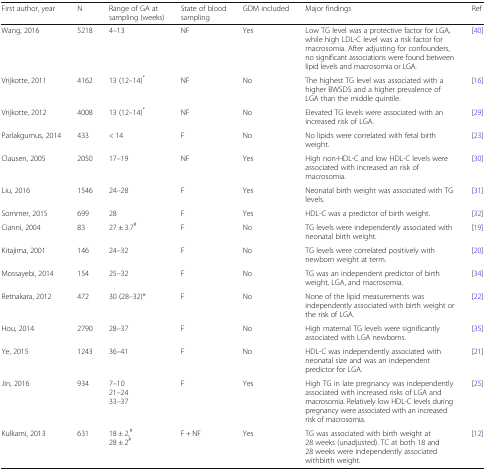
| First author, year | N | Range of GA at sampling (weeks) | State of blood sampling | GDM included | Major findings | Ref |
 | --- | --- | --- | --- | --- | --- | --- |
 | Wang, 2016 | 5218 | 4–13 | NF | Yes | Low TG level was a protective factor for LGA, while high LDL-C level was a risk factor for macrosomia. After adjusting for confounders, no significant associations were found between lipid levels and macrosomia or LGA. | [40] |
 | Vrijkotte, 2011 | 4162 | 13 (12–14)* | NF | No | The highest TG level was associated with a higher BWSDS and a higher prevalence of LGA than the middle quintile. | [16] |
 | Vrijkotte, 2012 | 4008 | 13 (12–14)* | NF | No | Elevated TG levels were associated with an increased risk of LGA. | [29] |
 | Parlakgumus, 2014 | 433 | < 14 | F | No | No lipids were correlated with fetal birth weight. | [23] |
 | Clausen, 2005 | 2050 | 17–19 | NF | Yes | High non-HDL-C and low HDL-C levels were associated with increased an risk of macrosomia. | [30] |
 | Liu, 2016 | 1546 | 24–28 | F | Yes | Neonatal birth weight was associated with TG levels. | [31] |
 | Sommer, 2015 | 699 | 28 | F | Yes | HDL-C was a predictor of birth weight. | [32] |
 | Cianni, 2004 | 83 | 27 ± 3.7# | F | No | TG levels were independently associated with neonatal birth weight. | [19] |
 | Kitajima, 2001 | 146 | 24–32 | F | No | TG levels were correlated positively with newborn weight at term. | [20] |
 | Mossayebi, 2014 | 154 | 25–32 | F | No | TG was an independent predictor of birth weight, LGA, and macrosomia. | [34] |
 | Retnakara, 2012 | 472 | 30 (28–32)* | F | No | None of the lipid measurements was independently associated with birth weight or the risk of LGA. | [22] |
 | Hou, 2014 | 2790 | 28–37 | F | No | High maternal TG levels were significantly associated with LGA newborns. | [35] |
 | Ye, 2015 | 1243 | 36–41 | F | No | HDL-C was independently associated with neonatal size and was an independent predictor for LGA. | [21] |
 | Jin, 2016 | 934 | 7–1021–2433–37 | F | Yes | High TG in late pregnancy was independently associated with increased risks of LGA and macrosomia. Relatively low HDL-C levels during pregnancy were associated with an increased risk of macrosomia. | [25] |
 | Kulkarni, 2013 | 631 | 18 ± 2,#28 ± 2# | F + NF | Yes | TG was associated with birth weight at 28 weeks (unadjusted). TC at both 18 and 28 weeks were independently associated withbirth weight. | [12] |